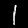
Digit: 1